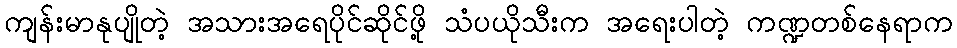
ကျန်းမာနုပျိုတဲ့ အသားအရေပိုင်ဆိုင်ဖို့ သံပယိုသီးက အရေးပါတဲ့ ကဏ္ဍတစ်နေရာက